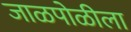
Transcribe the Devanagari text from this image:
जाळपोळीला